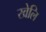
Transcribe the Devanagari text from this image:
खेलि